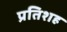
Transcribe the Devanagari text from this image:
प्रतिशह